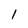
Character: 1